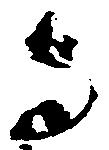
与